Vaccination report Assam 1874-1896 - 1874-1896
Year: 1874
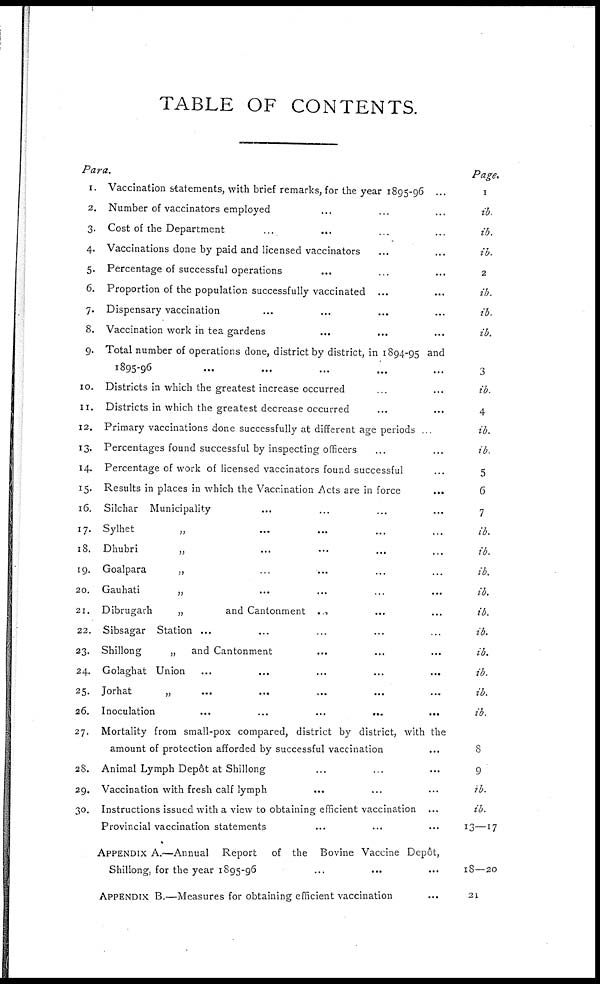
TABLE OF CONTENTS.
Para
1.
2.
3.
4.
5.
6.
7.
8.
9.
10.
11.
12.
13.
14.
15.
16.
17.
18.
19.
20.
21.
22.
23.
24.
25.
26.
27.
28.
29.
30.
Vaccination statements, with brief remarks, for the year 1895-96 ...
Number of vaccinators employed ... ... ...
Cost of the Department ... ... ... ...
Vaccinations done by paid and licensed vaccinators ... ... ... ...
Percentage of successful operations ... ... ...
Proportion of the population successfully vaccinated ... ...
Dispensary vaccination
...
...
...
...
Vaccination work in tea gardens ... ... ...
Total number of operations done, district by district, in 1894-95 and
1895-96 ... ... ... ... ...
Districts in which the greatest increase occurred ... ...
Districts in which the greatest decrease occurred ... ...
Primary vaccinations done successfully at different age periods
Percentages found successful by inspecting officers ... ...
Percentage of work of licensed vaccinators found successful ...
Results in places in which the Vaccination Acts are in force ...
Silchar Municipality ... ... ... ...
Sylhet
„ ... ... ... ...
Dhubri
„ ... ... ... ...
Goalpara
„ ... ... ... ...
Gauhati
„ ... ... ... ...
Dibrugarh
„
and Cantonment ... ... ...
Sibsagar Station ... ... ... ... ...
Shillong
„
and Cantonment ... ... ...
Golaghat Union ... ... ... ... ...
Jorhat
„
...
...
...
...
...
Inoculation ... ... ... ... ... ...
Mortality from small-pox compared, district by district, with the
amount of protection afforded by successful vaccination ...
Animal Lymph Depôt at Shillong ... ... ...
Vaccination with fresh calf lymph ... ... ...
Instructions issued with a view to obtaining efficient vaccination ...
Provincial vaccination statements ... ... ...
APPENDIX A.—Annual Report
of the Bovine Vaccine Depôt,
Shillong, for the year 1895-96 ... ... ...
APPENDIX B.—Measures for obtaining efficient vaccination ...
Page.
1
ib
ib.
ib.
2
ib.
ib.
ib.
3
ib.
4
ib.
ib.
5
6
7
ib.
ib.
ib.
ib.
ib.
ib.
ib.
ib.
ib.
ib.
8
9
ib.
ib.
13—17
18—20
21